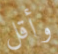
وأقل